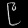
Digit: ၉